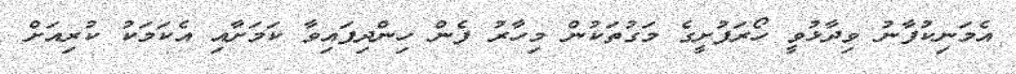
އެމަނިކުފާނު ވިދާޅުވީ ހޯރަފުށީގެ މަގުތަކުން މިހާރު ފެން ހިންދިފައިވާ ކަމަށާއި އެކަމަކު ކުރިއަށް